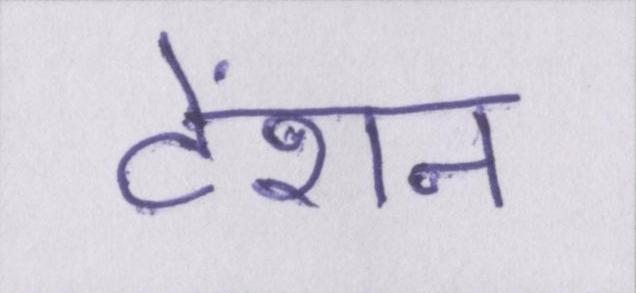
टेंशन